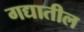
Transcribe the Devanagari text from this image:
गद्यातील